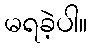
မရခဲ့ပါ။